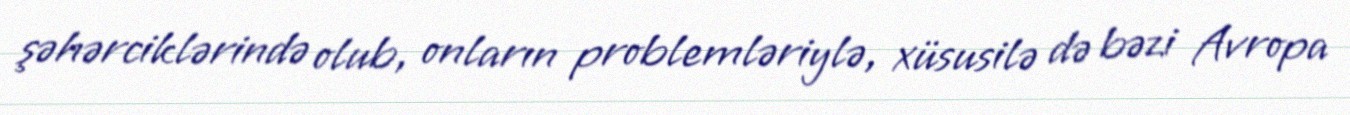
şəhərciklərində olub, onların problemləriylə, xüsusilə də bəzi Avropa